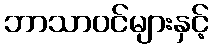
ဘာသာဝင်များနှင့်